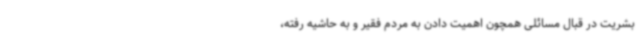
بشریت در قبال مسائلی همچون اهمیت دادن به مردم فقیر و به حاشیه رفته،